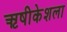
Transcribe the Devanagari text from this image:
ऋषीकेशला